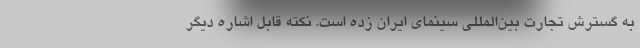
به گسترش تجارت بین‌المللی سینمای ایران زده است. نکته قابل اشاره دیگر